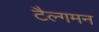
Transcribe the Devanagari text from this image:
टैल्गमन